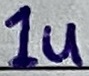
Text: 1u